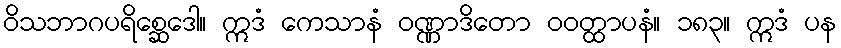
ဝိသဘာဂပရိစ္ဆေဒေါ။ ဣဒံ ကေသာနံ ဝဏ္ဏာဒိတော ဝဝတ္ထာပနံ။ ၁၈၃။ ဣဒံ ပန